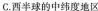
C.西半球的中纬度地区